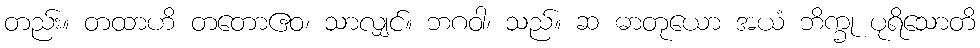
တည်း။ တထာဟိ တတောဧဝ၊ သာလျှင်။ ဘဂဝါ၊ သည်။ ဆ ဓာတုယော အယံ ဘိက္ခု ပုရိသောတိ